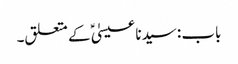
باب : سیدنا عیسیٰؑ کے متعلق۔